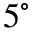
5 ^ { \circ }